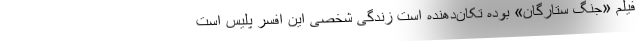
فیلم «جنگ ستارگان» بوده تکان‌دهنده است زندگی شخصی این افسر پلیس است